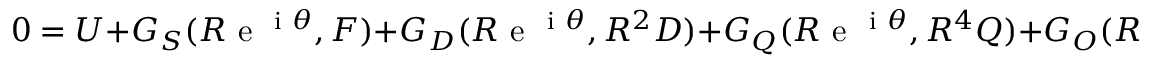
0 = U + G _ { S } ( R \mathrm { ~ e ~ } ^ { \mathrm { ~ i ~ } \theta } , F ) + G _ { D } ( R \mathrm { ~ e ~ } ^ { \mathrm { ~ i ~ } \theta } , R ^ { 2 } D ) + G _ { Q } ( R \mathrm { ~ e ~ } ^ { \mathrm { ~ i ~ } \theta } , R ^ { 4 } Q ) + G _ { O } ( R \mathrm { ~ e ~ } ^ { \mathrm { ~ i ~ } \theta } , R ^ { 6 } O ) + \dots